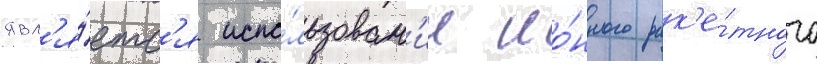
явл'я́етс'я испо́льзован'ие ио́нного рак'е́тного